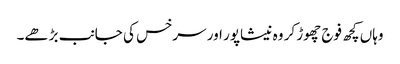
وہاں کچھ فوج چھوڑ کر وہ نیشاپور اور سرخس کی جانب بڑھے۔